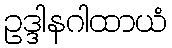
ဥဒ္ဒါနဂါထာယံ